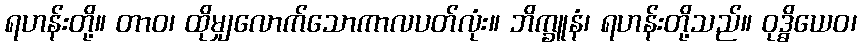
ရဟန်းတို့။ တာဝ၊ ထိုမျှလောက်သောကာလပတ်လုံး။ ဘိက္ခူနံ၊ ရဟန်းတို့သည်။ ဝုဒ္ဓိယေဝ၊